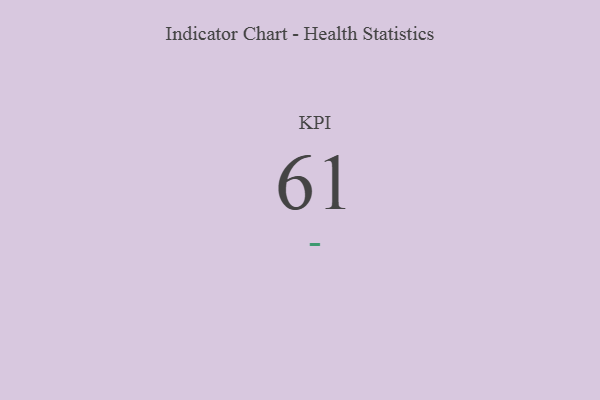
{"axis": {"x": "KPI", "y": "Value"}, "legend": [""], "data": [{"x": "KPI", "y": 61, "type": ""}]}